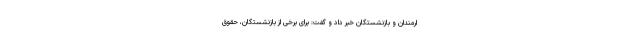
ارمندان و بازنشستگان خبر داد و گفت: برای برخی از بازنشستگان، حقوق